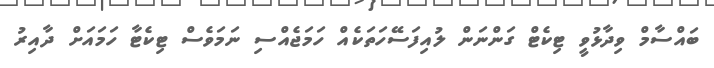
ބައްސާމް ވިދާޅުވީ ޓިކެޓް ގަންނަން ލުއިފަސޭހަތަކެއް ހަމަޖެއްސި ނަމަވެސް ޓިކެޓާ ހަމައަށް ދާއިރު